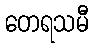
တေရသမီ